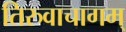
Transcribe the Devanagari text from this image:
तिरुवाचागम्‌